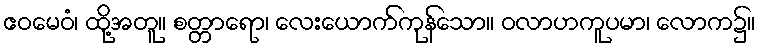
ဧဝမေဝံ၊ ထို့အတူ။ စတ္တာရော၊ လေးယောက်ကုန်သော။ ဝလာဟကူပမာ၊ လောက၌။